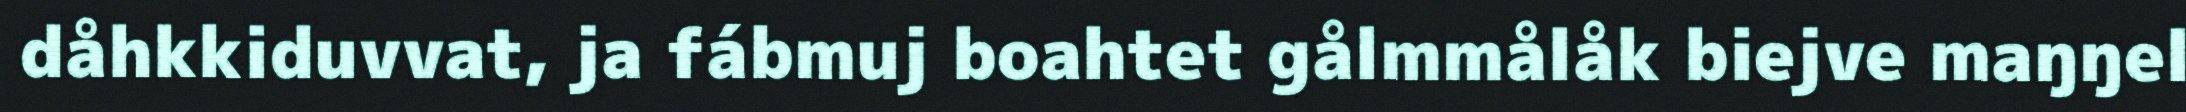
dåhkkiduvvat, ja fábmuj boahtet gålmmålåk biejve maŋŋel